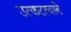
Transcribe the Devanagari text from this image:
उत्कटत्वाने